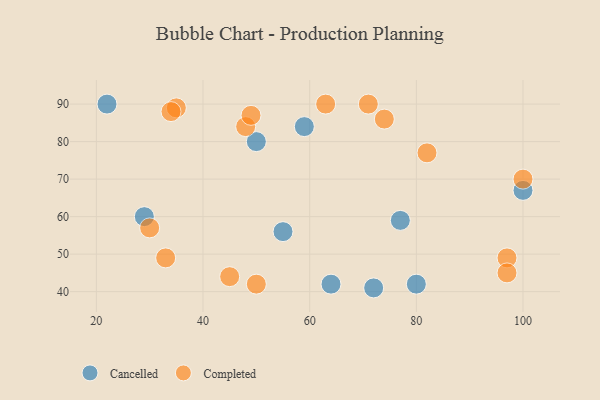
{"axis": {"x": "GDP", "y": "Life Expectancy"}, "legend": ["Cancelled", "Completed"], "data": [{"x": "72", "y": 41, "type": "Cancelled"}, {"x": "64", "y": 42, "type": "Cancelled"}, {"x": "50", "y": 80, "type": "Cancelled"}, {"x": "59", "y": 84, "type": "Cancelled"}, {"x": "100", "y": 67, "type": "Cancelled"}, {"x": "29", "y": 60, "type": "Cancelled"}, {"x": "55", "y": 56, "type": "Cancelled"}, {"x": "80", "y": 42, "type": "Cancelled"}, {"x": "77", "y": 59, "type": "Cancelled"}, {"x": "22", "y": 90, "type": "Cancelled"}, {"x": "97", "y": 49, "type": "Completed"}, {"x": "50", "y": 42, "type": "Completed"}, {"x": "45", "y": 44, "type": "Completed"}, {"x": "100", "y": 70, "type": "Completed"}, {"x": "63", "y": 90, "type": "Completed"}, {"x": "35", "y": 89, "type": "Completed"}, {"x": "30", "y": 57, "type": "Completed"}, {"x": "48", "y": 84, "type": "Completed"}, {"x": "82", "y": 77, "type": "Completed"}, {"x": "33", "y": 49, "type": "Completed"}, {"x": "49", "y": 87, "type": "Completed"}, {"x": "71", "y": 90, "type": "Completed"}, {"x": "34", "y": 88, "type": "Completed"}, {"x": "97", "y": 45, "type": "Completed"}, {"x": "74", "y": 86, "type": "Completed"}]}